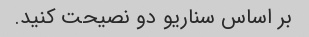
بر اساس سناریو دو نصیحت کنید.